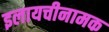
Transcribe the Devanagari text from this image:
इलायचीनामक